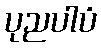
ပုညပါပံ